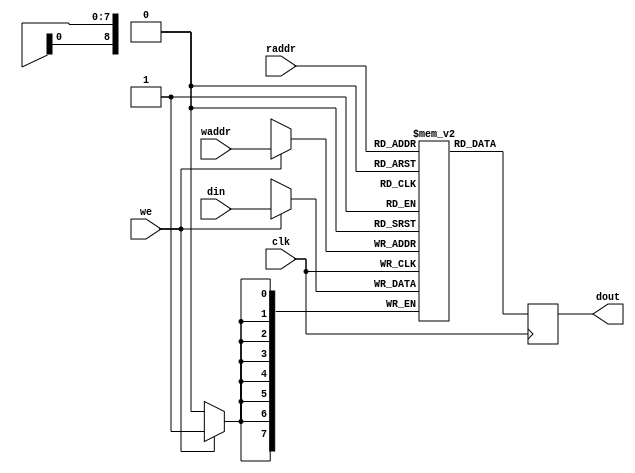
module audio_ram (
  input             clk,
  input [8:0]       raddr,
  input [8:0]       waddr,
  input [7:0]       din,
  input             we,
  output reg [7:0]  dout,
);

  parameter c_sound_len = 370;

  reg [7:0] ram [0:c_sound_len - 1];

  always @(posedge clk) begin
    dout <= ram[raddr];
    if (we) ram[waddr] <= din;
  end

endmodule